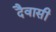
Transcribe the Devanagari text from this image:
दैवासी